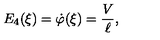
E _ { 4 } ( \xi ) = \dot { \varphi } ( \xi ) = \frac V \ell ,